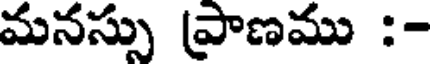
మనస్సు ప్రాణము :-